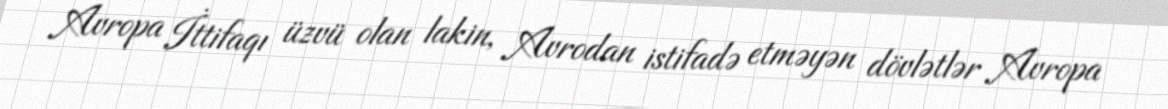
Avropa İttifaqı üzvü olan lakin, Avrodan istifadə etməyən dövlətlər Avropa